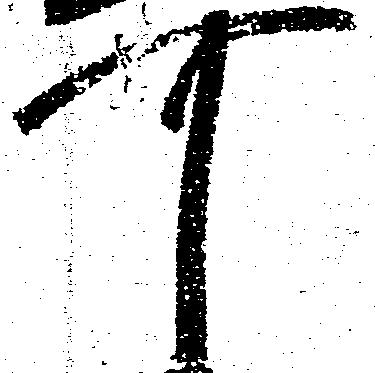
可